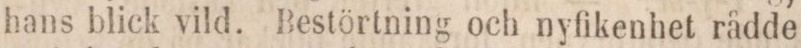
hans blick vild. Bestörtning och nyfikenhet rådde